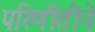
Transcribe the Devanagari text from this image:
परिणीतीने